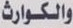
والكوارث